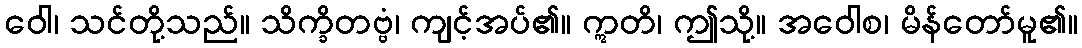
ဝေါ၊ သင်တို့သည်။ သိက္ခိတဗ္ဗံ၊ ကျင့်အပ်၏။ ဣတိ၊ ဤသို့။ အဝေါစ၊ မိန်တော်မူ၏။